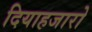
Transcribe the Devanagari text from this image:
दियाहजारो